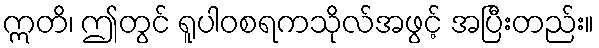
ဣတိ၊ ဤတွင် ရူပါဝစရကသိုလ်အဖွင့် အပြီးတည်း။